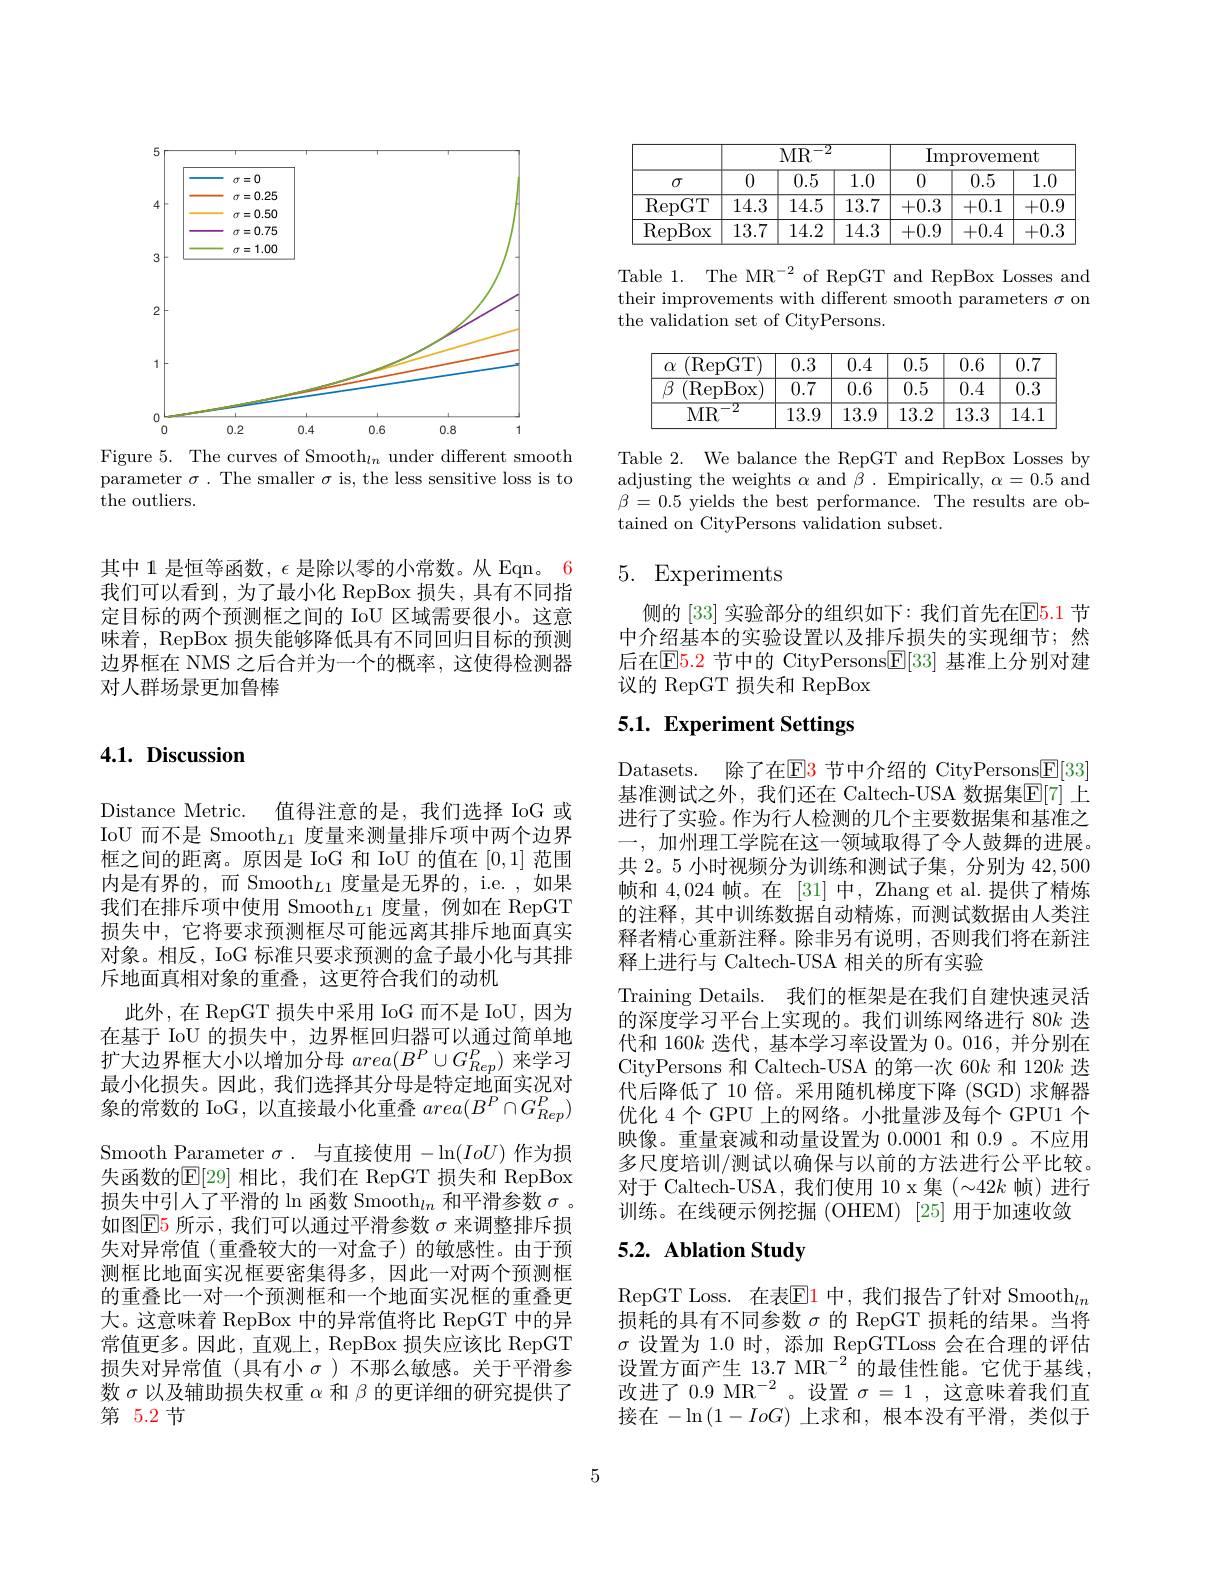
<FigureHere>
Figure 5. The curves of Smooth$_ln$ under different smooth

parameter $\sigma.$ The smaller $\sigma$ is, the less sensitive loss is to
the outliers.

其中 1 是恒等函数，$\epsilon$是除以零的小常数。从 Eqn。6我们可以看到，为了最小化 RepBox 损失，具有不同指定目标的两个预测框之间的 IoU 区域需要很小。这意味着，RepBox 损失能够降低具有不同回归目标的预测边界框在 NMS 之后合并为一个的概率，这使得检测器对人群场景更加鲁棒

## 4.1. Discussion

Distance Metric. 值得注意的是，我们选择 IoG 或IoU 而不是 Smooth$_L1$度量来测量排斥项中两个边界框之间的距离。原因是 IoG 和 IoU 的值在[0,1]范围内是有界的，而 Smooth$_L1$度量是无界的，i.e. ,如果我们在排斥项中使用 Smooth$_L1$度量，例如在 RepGT 损失中，它将要求预测框尽可能远离其排斥地面真实对象。相反，IoG 标准只要求预测的盒子最小化与其排斥地面真相对象的重叠，这更符合我们的动机
此外，在 RepGT 损失中采用 IoG 而不是 IoU,因为在基于 IoU 的损失中，边界框回归器可以通过简单地扩大边界框大小以增加分母$area(B^P\cup G_{Rep}^P)$来学习最小化损失。因此，我们选择其分母是特定地面实况对象的常数的 IoG, 以直接最小化重叠$area(B^P\cap G_{Rep}^P)$ Smooth Parameter $\sigma$.与直接使用$-\ln(IoU)$ 作为损失函数的$\mathbb{E}[29]$ 相比，我们在 RepGT 损失和 RepBox 损失中引人了平滑的$\ln\text{函数 Smooth}_ln$ 和平滑参数 $\sigma$ 。如图$\operatorname{E5}$所示，我们可以通过平滑参数$\sigma$来调整排斥损失对异常值(重叠较大的一对盒子)的敏感性。由于预测框比地面实况框要密集得多，因此一对两个预测框的重叠比一对一个预测框和一个地面实况框的重叠更大。这意味着 RepBox 中的异常值将比 RepGT 中的异常值更多。因此，直观上，RepBox 损失应该比 RepGT 损失对异常值(具有小$\sigma$)不那么敏感。关于平滑参数$\sigma$以及辅助损失权重$\alpha$和$\beta$的更详细的研究提供了第 5.2 节

<table>
	<tbody>
		<tr>
			<th rowspan="2">$\sigma$</th>
			<th colspan="3">$\mathrm{MR}^{-2}$</th>
			<th colspan="3">Improvement</th>
		</tr>
		<tr>
			<th>0</th>
			<th>0.5</th>
			<th>$\overline{1.0}$</th>
			<th>0</th>
			<th>0.5</th>
			<th>$\overline{1.0}$</th>
		</tr>
		<tr>
			<td>$\overline{\mathrm{RepGT}}$</td>
			<td>14.3</td>
			<td>14.5</td>
			<td>13.7</td>
			<td>+0.3</td>
			<td>+0.1</td>
			<td>+0.9</td>
		</tr>
		<tr>
			<td>RepBox</td>
			<td>13.7</td>
			<td>14.2</td>
			<td>14.3</td>
			<td>+0.9</td>
			<td>+0.4</td>
			<td>+0.3</td>
		</tr>
	</tbody>
</table>

Table 1. The MR$^-2$ of RepGT and RepBox Losses and their improvements with different smooth parameters $\sigma$ on the validation set of CityPersons.

Table 2. We balance the RepGT and RepBox Losses by adjusting the weights $\alpha$ and $\bar{\beta}.$ Empirically, $\alpha=0.5$ and $\beta=0.5$ yields the best performance. The results are obtained on CityPersons validation subset.

## 5. Experiments

侧的[33]实验部分的组织如下：我们首先在$\mathbb{E}5.1$节中介绍基本的实验设置以及排斥损失的实现细节；然后在$\mathbb{E}5.2$ 节中的 CityPersons$\mathbb{E}[33]$ 基准上分别对建议的 RepGT 损失和 RepBox

# 5.1. Experiment Settings

Datasets. 除了在$\color{red}{\mathrm{E}}\color{red}{\mathrm{E}}\color{red}{\mathrm{3}}$节中介绍的 CityPersons$\color{red}{\mathrm{F}}[33]$ 基准测试之外，我们还在 Caltech-USA 数据集$\mathbb{E}[7]$ 上进行了实验。作为行人检测的几个主要数据集和基准之一，加州理工学院在这一领域取得了令人鼓舞的进展。共 2。5 小时视频分为训练和测试子集，分别为 42,500帧和4，024帧。在 [31] 中，Zhang et al.提供了精炼的注释，其中训练数据自动精炼，而测试数据由人类注释者精心重新注释。除非另有说明，否则我们将在新注释上进行与 Caltech-USA 相关的所有实验
Training Details. 我们的框架是在我们自建快速灵活的深度学习平台上实现的。我们训练网络进行 80$k$迭代和 160$k$迭代，基本学习率设置为0。016,并分别在CityPersons 和 Caltech-USA 的第一次 60k 和 120k 迭代后降低了 10 倍。采用随机梯度下降 (SGD) 求解器优化 4 个 GPU 上的网络。小批量涉及每个 GPU1 个映像。重量衰减和动量设置为0.0001和0.9 。不应用多尺度培训/测试以确保与以前的方法进行公平比较。对于 Caltech-USA, 我们使用 10 x 集$(\sim42k$帧)进行训练。在线硬示例挖掘(OHEM) [25]用于加速收敛

# 5.2. Ablation Study

RepGT Loss. 在表E1 中，我们报告了针对 Smooth$_{ln}$ 损耗的具有不同参数$\sigma$的 RepGT 损耗的结果。当将$\sigma$设置为 1.0 时，添加 RepGTLoss 会在合理的评估设置方面产生 13.7 MR$^{-2}$的最佳性能。它优于基线， 改进了 0.9 MR$^-2$。设置 $\sigma=1$,这意味着我们直接在$-\ln\left(1-IoG\right)$上求和，根本没有平滑，类似于

5